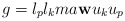
\begin{align*}g=l_p l_k ma \mathbf w u_k u_p\end{align*}